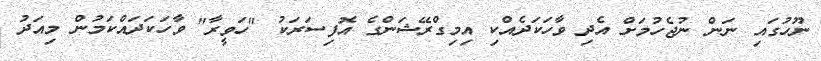
ނޫހުގައި ނަން ނުޖެހުމަށް އެދި ވާހަކަދެއްކި އިމިގްރޭޝަންގެ އޮފިސަރަކު "ހަވީރާ" ވާހަކަދައްކަމުން މިއަދު